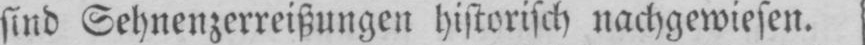
sind Sehnenzerreißungen historisch nachgewiesen.